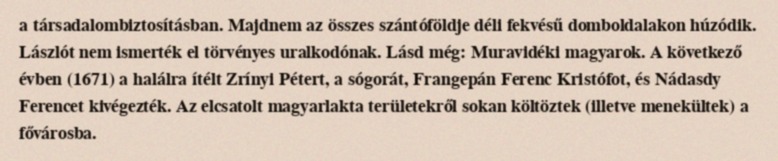
a társadalombiztosításban. Majdnem az összes szántóföldje déli fekvésű domboldalakon húzódik. Lászlót nem ismerték el törvényes uralkodónak. Lásd még: Muravidéki magyarok. A következő évben (1671) a halálra ítélt Zrínyi Pétert, a sógorát, Frangepán Ferenc Kristófot, és Nádasdy Ferencet kivégezték. Az elcsatolt magyarlakta területekről sokan költöztek (illetve menekültek) a fővárosba.